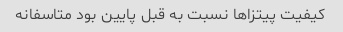
کیفیت پیتزا‌ها نسبت به قبل پایین بود متاسفانه